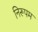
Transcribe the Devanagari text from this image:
निरूपम